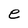
Character: e